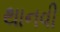
થાનવી